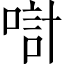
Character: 𠸥